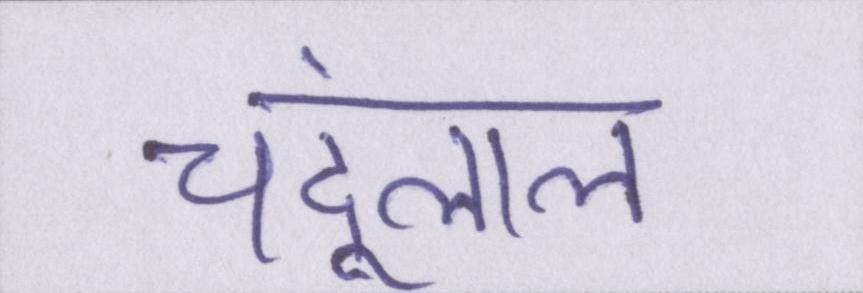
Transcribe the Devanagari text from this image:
चंदूलाल